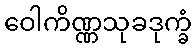
ဝေါကိဏ္ဏသုခဒုက္ခံ